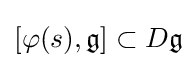
[\varphi (s),{\mathfrak {g}}]\subset D{\mathfrak {g}}